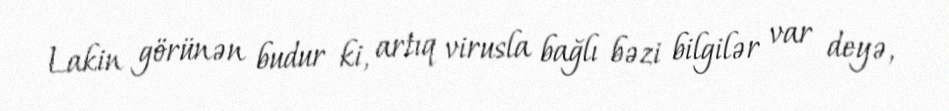
Lakin görünən budur ki, artıq virusla bağlı bəzi bilgilər var deyə,